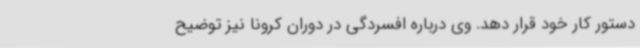
دستور کار خود قرار دهد. وی درباره افسردگی در دوران کرونا نیز توضیح